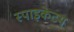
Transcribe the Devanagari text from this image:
स्पाइकेटम